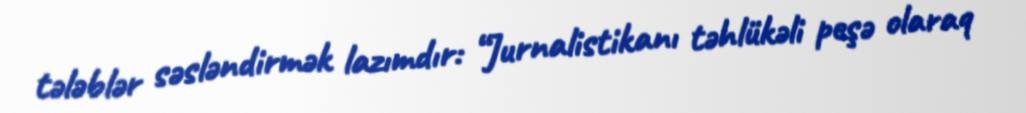
tələblər səsləndirmək lazımdır: “Jurnalistikanı təhlükəli peşə olaraq